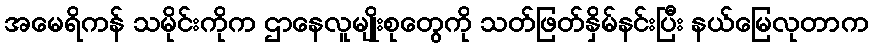
အမေရိကန် သမိုင်းကိုက ဌာနေလူမျိုးစုတွေကို သတ်ဖြတ်နှိမ်နင်းပြီး နယ်မြေလုတာက